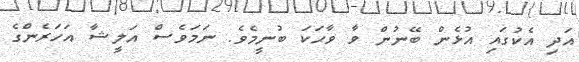
އަދި އެކުގައި އުޅެން ބޭނުން ވާ ވާހަކަ ބުނީމެވެ. ނަމަވެސް އަލީޝާ އަހަރެންގެ